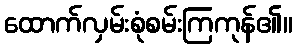
ထောက်လှမ်းစုံစမ်းကြကုန်၏။